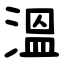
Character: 溫